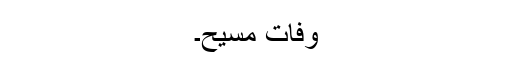
وفات مسیح۔